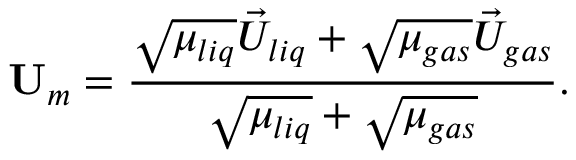
\mathbf { U } _ { m } = \frac { \sqrt { \mu _ { l i q } } \vec { U } _ { l i q } + \sqrt { \mu _ { g a s } } \vec { U } _ { g a s } } { \sqrt { \mu _ { l i q } } + \sqrt { \mu _ { g a s } } } .